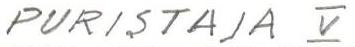
PURISTAJA V